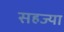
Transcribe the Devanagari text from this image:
सहज्या